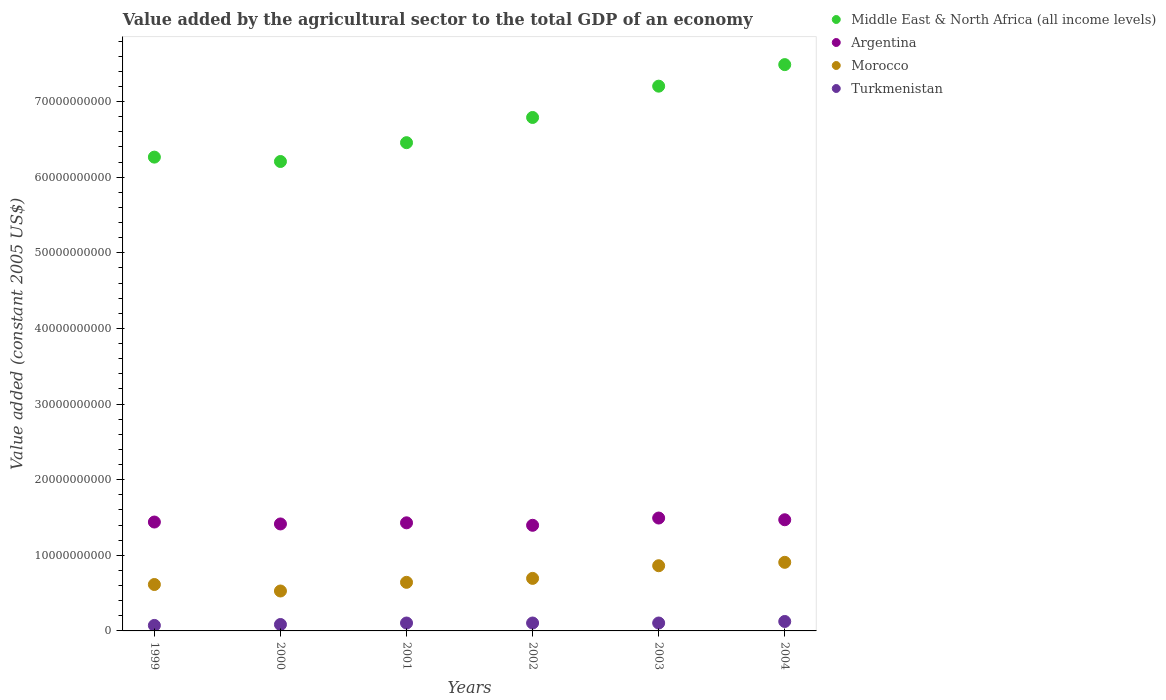
| Years | Middle East & North Africa (all income levels) | Argentina | Morocco | Turkmenistan |
 | --- | --- | --- | --- | --- |
 | 1999 | 6.26e+10 | 1.44e+10 | 6.14e+09 | 7.26e+08 |
 | 2000 | 6.21e+10 | 1.41e+10 | 5.28e+09 | 8.49e+08 |
 | 2001 | 6.46e+10 | 1.43e+10 | 6.42e+09 | 1.04e+09 |
 | 2002 | 6.79e+10 | 1.4e+10 | 6.95e+09 | 1.05e+09 |
 | 2003 | 7.2e+10 | 1.49e+10 | 8.62e+09 | 1.05e+09 |
 | 2004 | 7.49e+10 | 1.47e+10 | 9.07e+09 | 1.25e+09 |